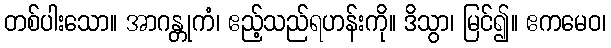
တစ်ပါးသော။ အာဂန္တုကံ၊ ဧည့်သည်ရဟန်းကို။ ဒိသွာ၊ မြင်၍။ ဧကမေဝ၊